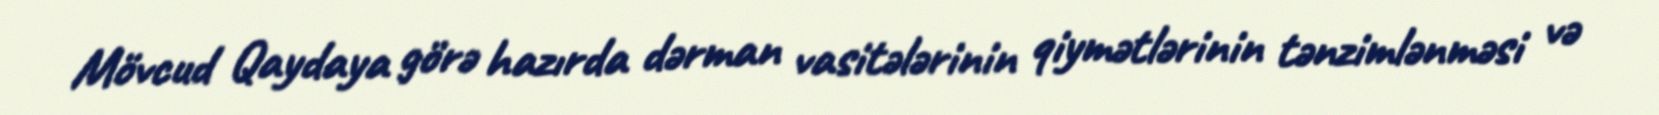
Mövcud Qaydaya görə hazırda dərman vasitələrinin qiymətlərinin tənzimlənməsi və